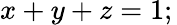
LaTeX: x+y+z=1;\,